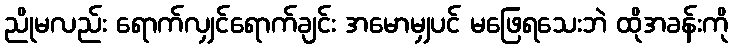
ညိုမလည်း ရောက်လျှင်ရောက်ချင်း အမောမျှပင် မဖြေရသေးဘဲ ထိုအခန်းကို